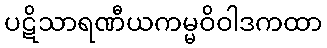
ပဋိသာရဏီယကမ္မဝိဝါဒကထာ